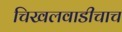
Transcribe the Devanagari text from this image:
चिखलवाडीचाच